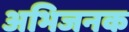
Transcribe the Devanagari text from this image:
अभिजनक